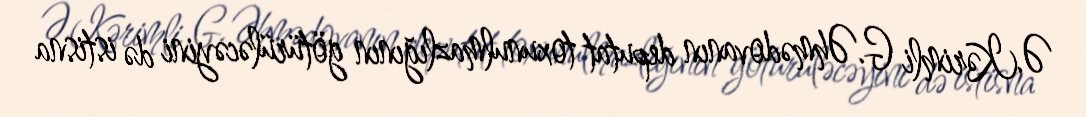
Ə.Kərimli G.Əhmədovanın deputat toxunulmazlığının götürüləcəyini də istisna